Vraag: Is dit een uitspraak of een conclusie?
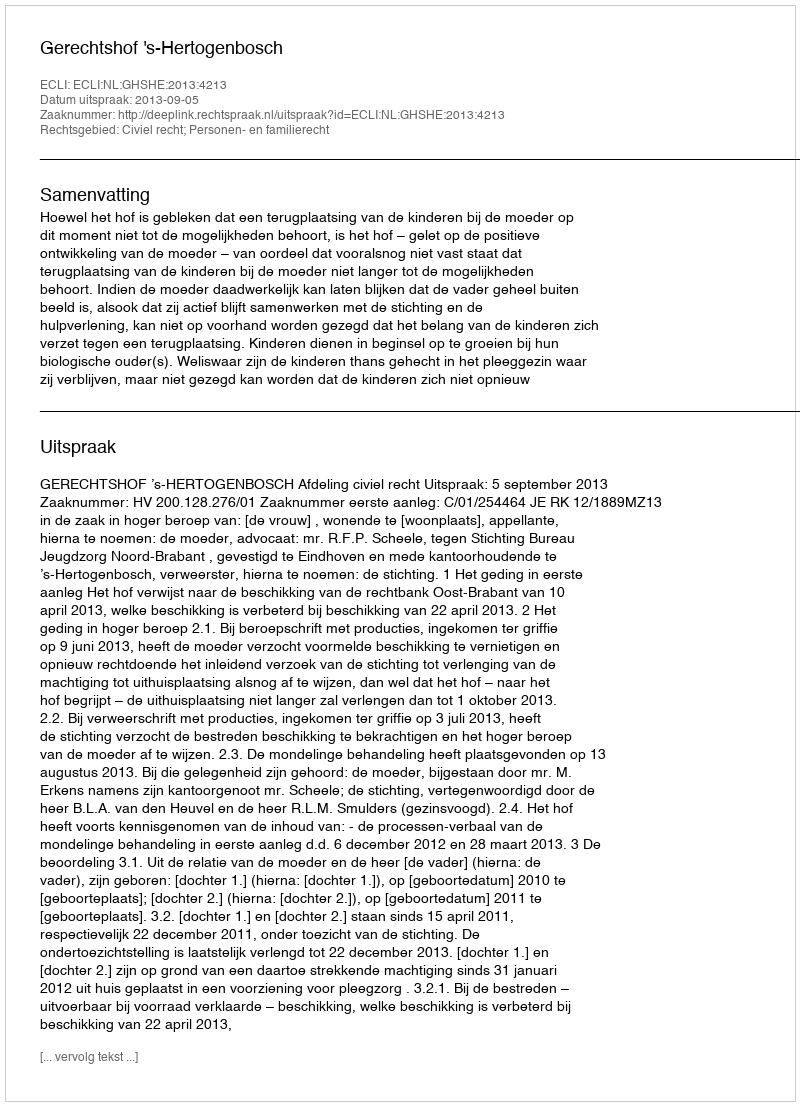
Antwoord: Uitspraak